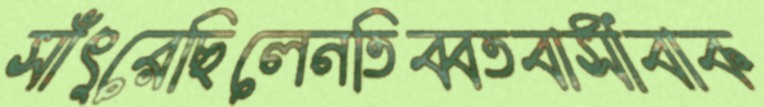
সাঁৎরেছিলেনতিব্বতবাসীবাক